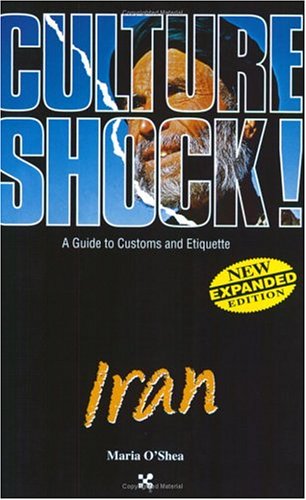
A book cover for Iran: A Guide to Customs and Etiquette (Culture Shock! A Survival Guide to Customs & Etiquette); Maria O'Shea; Travel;